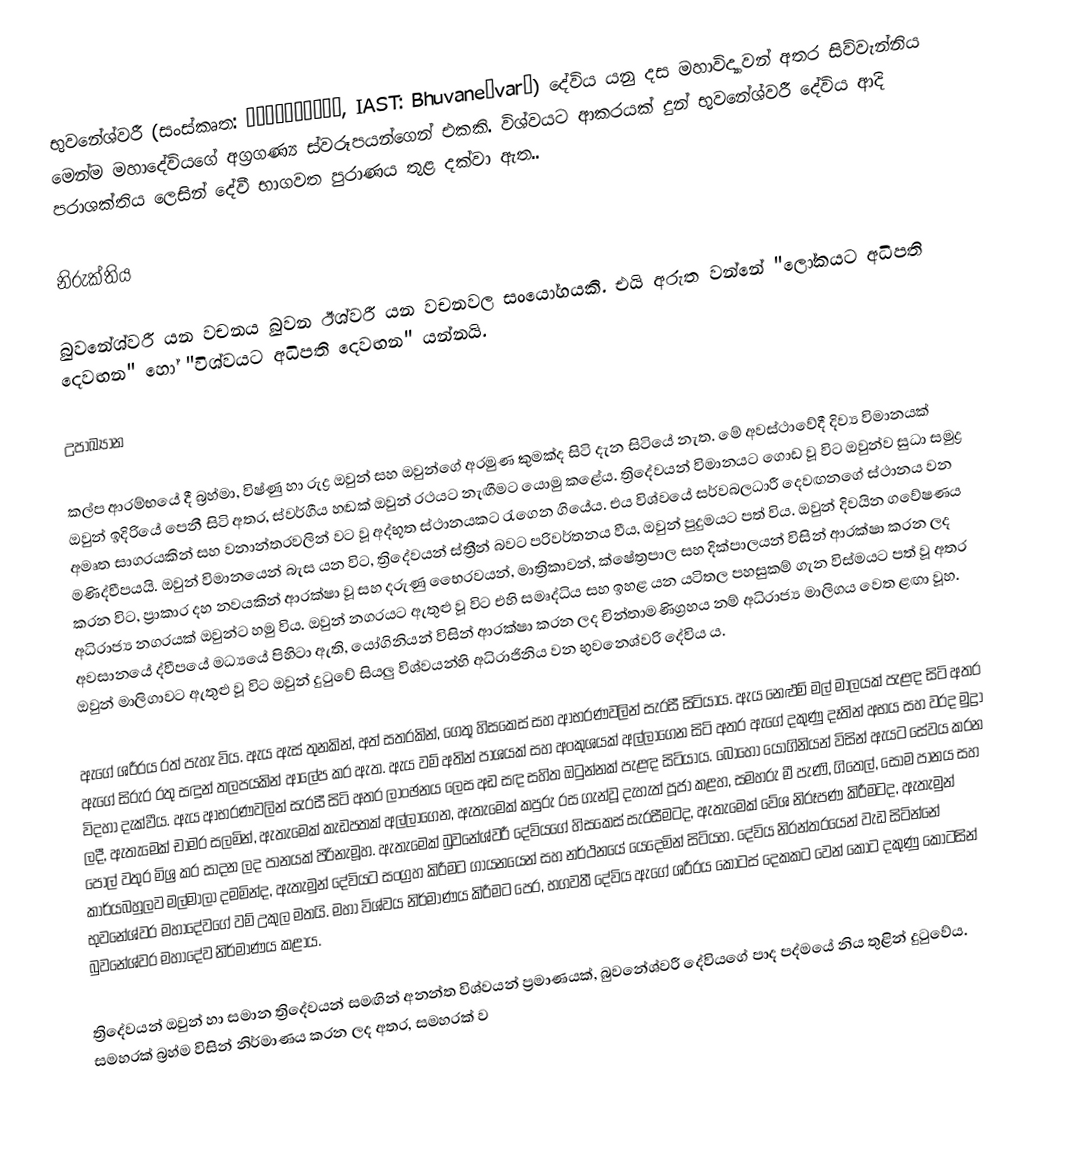
භුවනේශ්වරී (සංස්කෘත: भुवनेश्वरी, IAST: Bhuvaneśvarī) දේවිය යනු දස මහාවිද්‍යාවන් අතර සිව්වැන්නිය මෙන්ම මහාදේවියගේ අග්‍රගණ්‍ය ස්වරූපයන්ගෙන් එකකි. විශ්වයට ආකරයක් දුන් භුවනේශ්වරී දේවිය ආදි පරාශක්තිය ලෙසින් දේවී භාගවත පුරාණය තුළ දක්වා ඇත..

නිරුක්තිය

බුවනේශ්වරී යන වචනය බුවන ඊශ්වරී යන වචනවල සංයෝගයකි. එයි අරුත වන්නේ "ලෝකයට අධිපති දෙවඟන" හෝ "විශ්වයට අධිපති දෙවඟන" යන්නයි.

උපාඛ්‍යාන

කල්ප ආරම්භයේ දී  බ්‍රහ්මා, විෂ්ණු හා රුද්‍ර ඔවුන් සහ ඔවුන්ගේ අරමුණ කුමක්ද සිටි දැන සිටියේ නැත. මේ අවස්ථාවේදී දිව්‍ය විමානයක් ඔවුන් ඉදිරියේ පෙනී සිටි අතර, ස්වර්ගීය හඬක් ඔවුන් රථයට නැඟීමට යොමු කළේය.  ත්‍රිදේවයන් විමානයට ගොඩ වූ විට ඔවුන්ව සුධා සමුද්‍ර අමෘත සාගරයකින් සහ වනාන්තරවලින් වට වූ  අද්භූත ස්ථානයකට රැගෙන ගියේය. එය විශ්වයේ සර්වබලධාරී දෙවඟනගේ ස්ථානය වන මණිද්වීපයයි. ඔවුන් විමානයෙන් බැස යන විට, ත්‍රිදේවයන් ස්ත්‍රීන් බවට පරිවර්තනය වීය, ඔවුන් පුදුමයට පත් විය. ඔවුන් දිවයින ගවේෂණය කරන විට, ප්‍රාකාර දහ නවයකින් ආරක්ෂා වූ සහ දරුණු භෛරවයන්, මාත්‍රිකාවන්, ක්ෂේත්‍රපාල සහ දික්පාලයන් විසින් ආරක්ෂා කරන ලද අධිරාජ්‍ය නගරයක් ඔවුන්ට හමු විය.  ඔවුන් නගරයට ඇතුළු වූ විට එහි සමෘද්ධිය සහ ඉහළ යන යටිතල පහසුකම් ගැන විස්මයට පත් වූ අතර අවසානයේ ද්වීපයේ මධ්‍යයේ පිහිටා ඇති, යෝගිනියන් විසින් ආරක්ෂා කරන ලද චින්තාමණිග්‍රහය නම් අධිරාජ්‍ය මාලිගය වෙත ළඟා වූහ. ඔවුන් මාලිගාවට ඇතුළු වූ විට ඔවුන් දුටුවේ සියලු විශ්වයන්හි අධිරාජිනිය වන භුවනෙශ්වරි දේවිය  ය.

ඇගේ ශරීරය රත් පැහැ විය. ඇය ඇස් තුනකින්, අත් සතරකින්, ගෙතූ හිසකෙස් සහ ආභරණවලින් සැරසී සිටියාය. ඇය නෙළුම් මල් මාලයක් පැළඳ සිටි අතර ඇගේ සිරුර රතු සඳුන් තලපයකින් ආලේප කර ඇත.  ඇය වම් අතින් පාශයක්  සහ අංකුශයක් අල්ලාගෙන සිටි අතර ඇගේ දකුණු දෑතින් අභය සහ වරද මුද්‍රා විදහා දැක්වීය. ඇය ආභරණවලින් සැරසී සිටි අතර ලාංඡනය ලෙස අඩ සඳ සහිත ඔටුන්නක් පැළඳ සිටියාය. බොහෝ යෝගිනියන් විසින් ඇයට සේවය කරන ලදී, ඇතැමෙක් චාමර සලමින්, ඇතැමෙක් කැඩපතක් අල්ලාගෙන, ඇතැමෙක් කපුරු රස ගැන්වූ දැහැත් පූජා කළහ, සමහරු මී පැණි, ගිතෙල්, සෝම පානය සහ පොල් වතුර මිශ්‍ර කර සාදන ලද පානයක් පිරිනැමූහ. ඇතැමෙක් බුවනේශ්වරී දේවියගේ හිසකෙස් සැරසීමටද, ඇතැමෙක් වේශ නිරූපණ කිරීමටද, ඇතැමුන් කාර්යබහුලව මල්මාලා දමමින්ද, ඇතැමුන් දේවියට සංග්‍රහ කිරීමට ගායනයෙන් සහ නර්ථනයේ යෙදෙමින් සිටියහ. දේවිය නිරන්තරයෙන් වැඩ සිටින්නේ භුවනේශ්වර මහාදේවගේ වම් උකුල මතයි. මහා විශ්වය නිර්මාණය කිරීමට පෙර, භගවතී දේවිය ඇගේ ශරීරය කොටස් දෙකකට වෙන් කොට දකුණු කොටසින් බුවනේශ්වර මහාදේව නිර්මාණය කළාය.

ත්‍රිදේවයන් ඔවුන් හා සමාන ත්‍රිදේවයන් සමඟින් අනන්ත විශ්වයන් ප්‍රමාණයක්, බුවනේශ්වරී දේවියගේ පාද පද්මයේ නිය තුළින් දුටුවේය. සමහරක් බ්‍රහ්ම විසින් නිර්මාණය කරන ලද අතර, සමහරක් ව